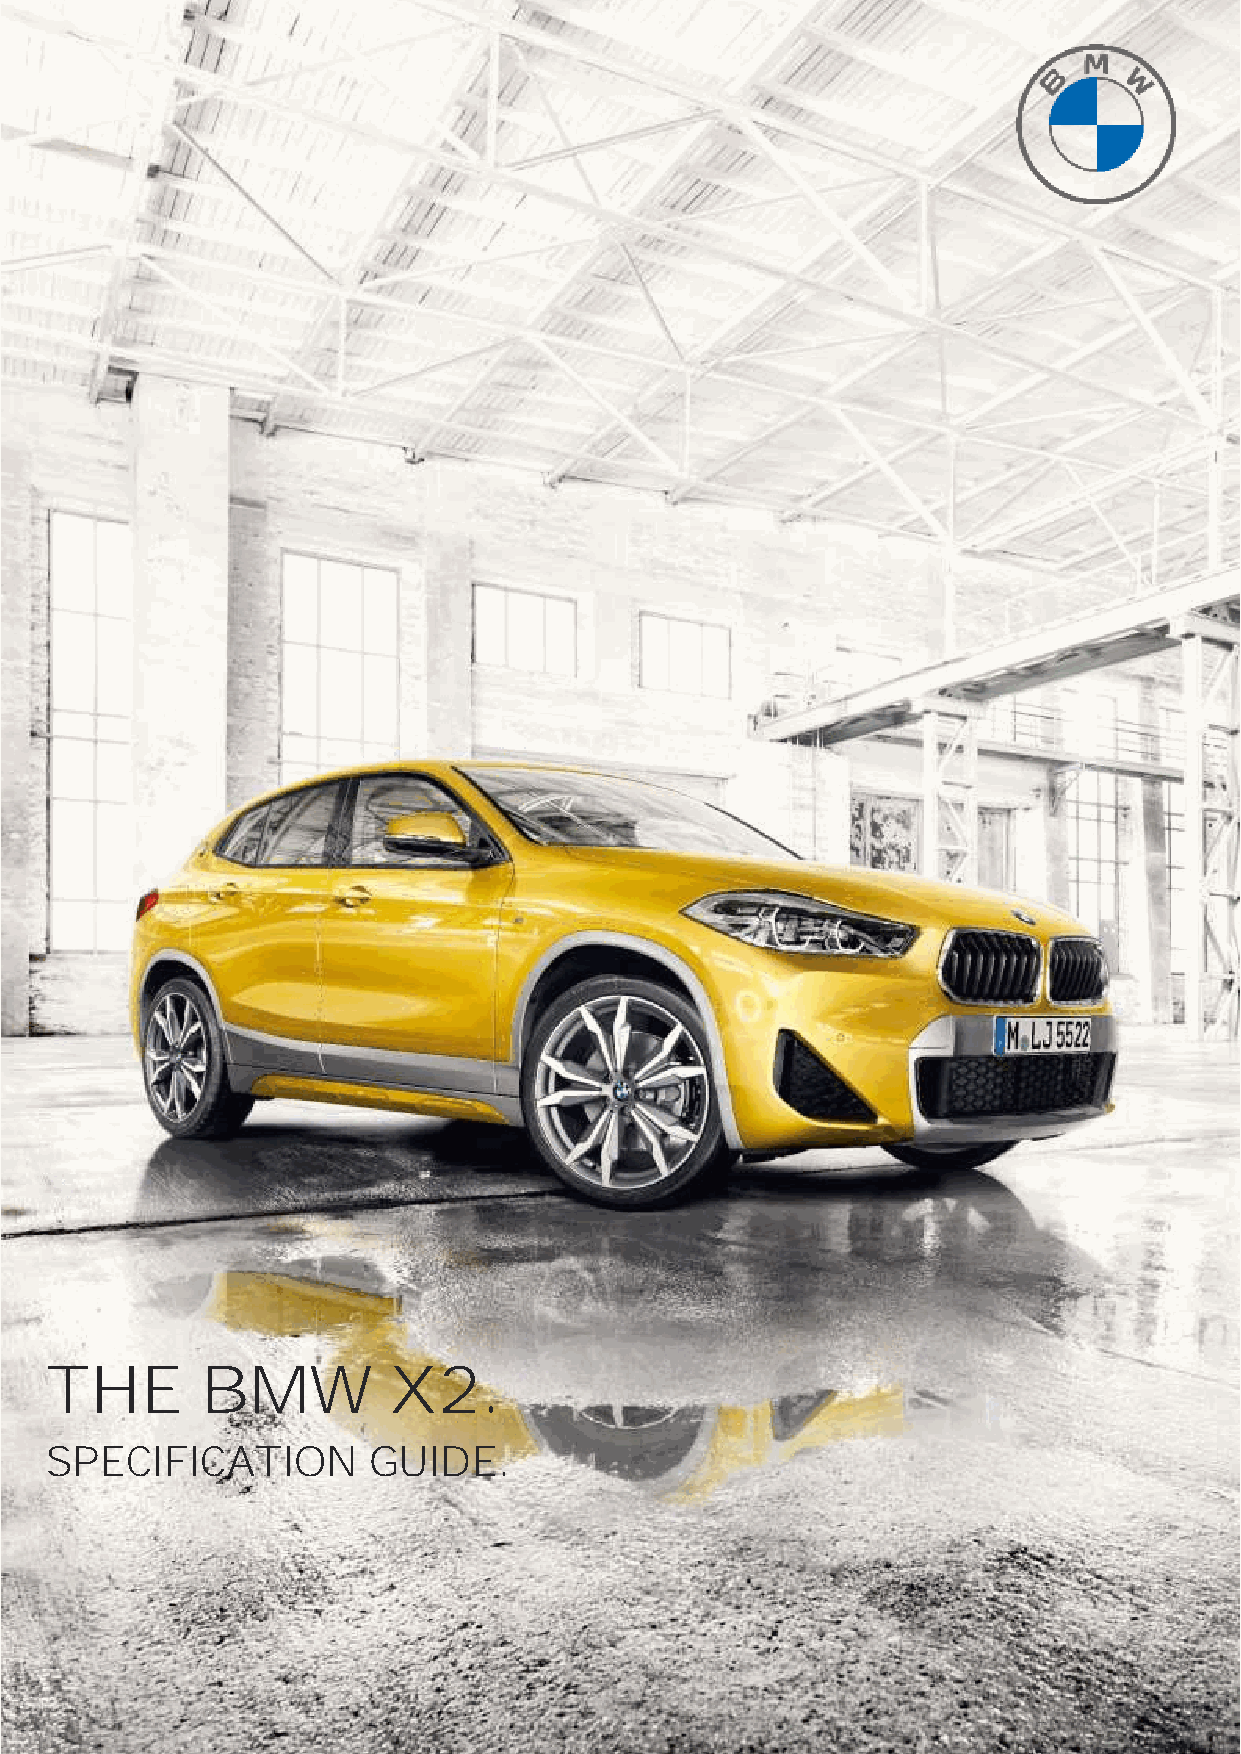
THE       BMW          X2.
 SPECIFICATION        GUIDE.